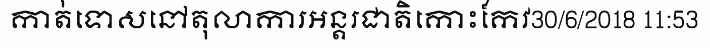
កាត់ទោសនៅតុលាការអន្តរជាតិកោះកែវ30/6/2018 11:53